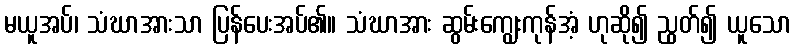
မယူအပ်၊ သံဃာအားသာ ပြန်ပေးအပ်၏။ သံဃာအား ဆွမ်းကျွေးကုန်အံ့ ဟုဆို၍ ညွတ်၍ ယူသော